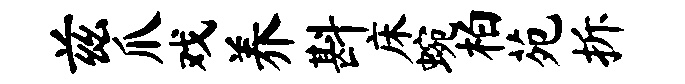
兹爪戏养斟床蜿柏苑拆